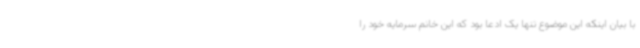
با بیان اینکه این موضوع تنها یک ادعا بود که این خانم سرمایه خود را